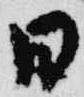
日